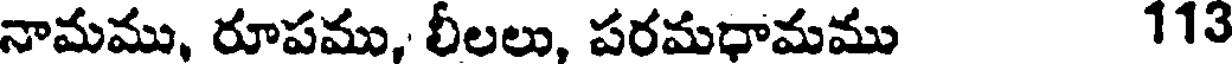
నామము, రూపము, లీలలు, పరమధామము 113